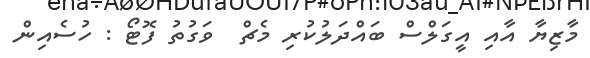
މާޒިޔާ އާއި އީގަލްސް ބައްދަލުކުރި މެޗް  ވަގުތު ފޮޓޯ : ހުސެއިން